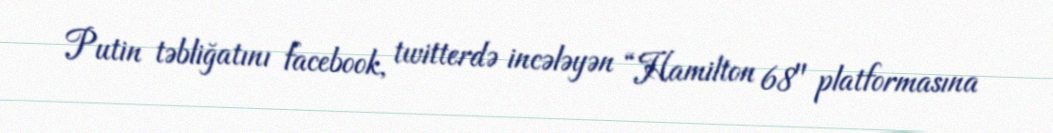
Putin təbliğatını facebook, twitterdə incələyən “Hamilton 68" platformasına